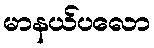
မာနယ်ပလော